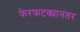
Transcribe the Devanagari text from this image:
फेरफटक्यानंतर